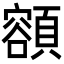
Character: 𩔜